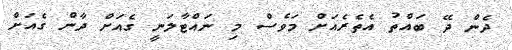
ދެން ދޭ ބައްތު އެތެރެއަށް މަވެސް މި ނައްޓާލަނީ ގެއަށް ދާން ގެއަށް